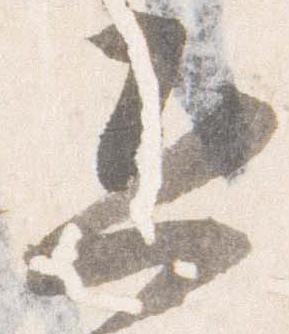
恐